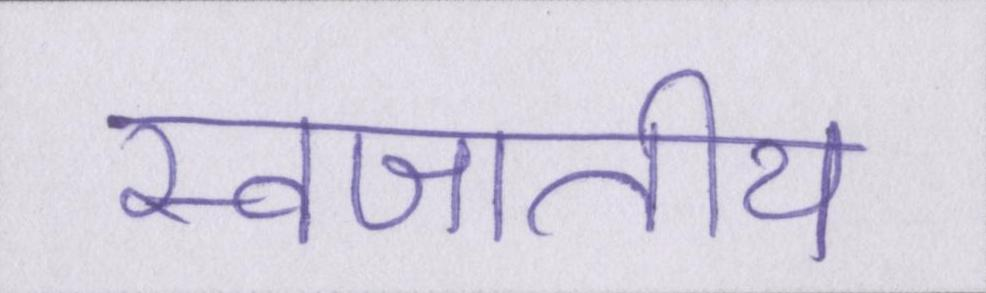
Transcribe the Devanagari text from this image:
स्वजातीय